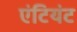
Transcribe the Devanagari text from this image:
एंटियंट